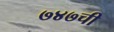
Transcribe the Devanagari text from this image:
७४७ची